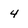
Character: 4